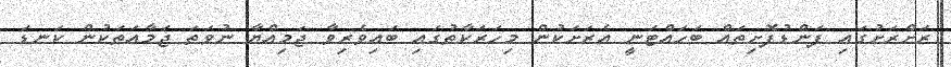
ރަށްރަށުގައި ފަންޑުފޮށިތައް ބަހައްޓަނީ އެރަށަކުން މިހަރަކާތުގައި ބައިވެރިވާ ޖަމިއްޔާ ނުވަތަ ޖަމާއަތަކުން ކަނޑަ